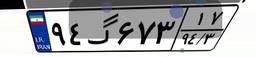
۱۳گ۷۸۳۳۹